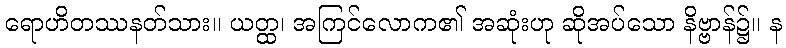
ရောဟိတဿနတ်သား။ ယတ္ထ၊ အကြင်လောက၏ အဆုံးဟု ဆိုအပ်သော နိဗ္ဗာန်၌။ န